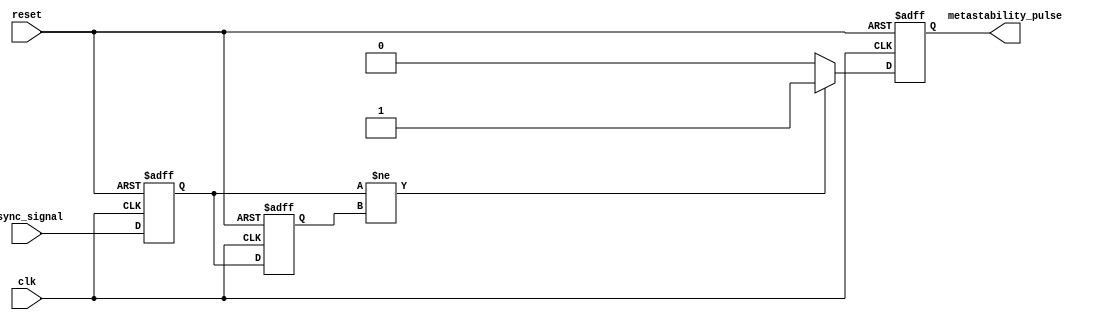
module metastability_detector (
    input wire clk,              // Clock signal
    input wire reset,            // Reset signal
    input wire async_signal,     // Asynchronous input signal
    output reg metastability_pulse // Metastability indication pulse
);

    // Internal signals
    reg ff1, ff2;                // Outputs of the two D flip-flops

    // Flip-flop instantiation
    always @(posedge clk or posedge reset) begin
        if (reset) begin
            ff1 <= 1'b0;         // Reset FF1
            ff2 <= 1'b0;         // Reset FF2
        end else begin
            ff1 <= async_signal; // Sample asynchronous signal in FF1
            ff2 <= ff1;          // Sample output of FF1 in FF2
        end
    end

    // Pulse generation logic
    always @(posedge clk or posedge reset) begin
        if (reset) begin
            metastability_pulse <= 1'b0; // Reset the pulse signal
        end else begin
            // Generate pulse when FF1 and FF2 outputs differ
            if (ff1 != ff2) begin
                metastability_pulse <= 1'b1; // Assert pulse
            end else begin
                metastability_pulse <= 1'b0; // Deassert pulse
            end
        end
    end

endmodule